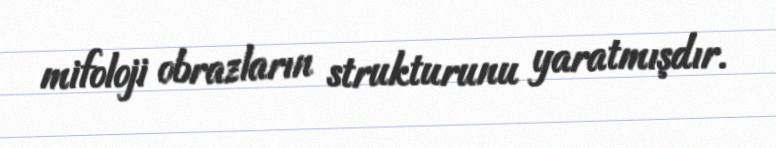
mifoloji obrazların strukturunu yaratmışdır.